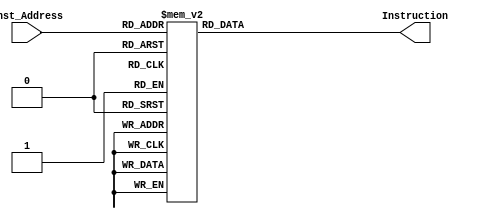
module InstructionMemory
#(parameter Inst_Num = 150, parameter Inst_Num_BIT = 8)
(Inst_Address, Instruction);
	input [Inst_Num_BIT - 1:0] Inst_Address;
	output reg [31:0] Instruction;

	always @ (*)begin
		case(Inst_Address)
			'd0:	Instruction <= 32'b00111100000000010110000101100101;
			'd1:	Instruction <= 32'b00110100001000010110000101100101;
			'd2:	Instruction <= 32'b00000000000000010100000000100000;
			'd3:	Instruction <= 32'b10101100000010000000000000000000;
			'd4:	Instruction <= 32'b10101100000010000000000000000100;
			'd5:	Instruction <= 32'b00100000000010000110000101100101;
			'd6:	Instruction <= 32'b10101100000010000000000000001000;
			'd7:	Instruction <= 32'b00100000000010000110010101100001;
			'd8:	Instruction <= 32'b10101100000010000000001000000000;
			'd9:	Instruction <= 32'b00100000000001000000000000001010;
			'd10:	Instruction <= 32'b00100000000001010000000000000000;
			'd11:	Instruction <= 32'b00100000000001100000000000000010;
			'd12:	Instruction <= 32'b00001100000000000000000001110111;
			'd13:	Instruction <= 32'b00100000000001110000001000000000;
			'd14:	Instruction <= 32'b00100000000010000000000000000001;
			'd15:	Instruction <= 32'b00111100000000010100000000000000;
			'd16:	Instruction <= 32'b00000000001000000000100000100001;
			'd17:	Instruction <= 32'b10101100001010000000000000001100;
			'd18:	Instruction <= 32'b00111100000000010000000011111111;
			'd19:	Instruction <= 32'b00110100001000011111111111111111;
			'd20:	Instruction <= 32'b00000000000000010100000000100001;
			'd21:	Instruction <= 32'b00010001000000000000000000000010;
			'd22:	Instruction <= 32'b00001000000000000000000000010101;
			'd23:	Instruction <= 32'b00100001000010001111111111111111;
			'd24:	Instruction <= 32'b00100000000010000000000000000011;
			'd25:	Instruction <= 32'b00111100000000010100000000000000;
			'd26:	Instruction <= 32'b00000000001000000000100000100001;
			'd27:	Instruction <= 32'b10101100001010000000000000001100;
			'd28:	Instruction <= 32'b00000000000000100010000000100001;
			'd29:	Instruction <= 32'b00111100000000010100000000000000;
			'd30:	Instruction <= 32'b00110100001000010000000000010000;
			'd31:	Instruction <= 32'b00000000000000011000000000100000;
			'd32:	Instruction <= 32'b00000000000000101000100000100001;
			'd33:	Instruction <= 32'b00100000000100100000000000010000;
			'd34:	Instruction <= 32'b00000000000100101001000001000010;
			'd35:	Instruction <= 32'b00010110010000000000000000000001;
			'd36:	Instruction <= 32'b00100000000100100000000000001000;
			'd37:	Instruction <= 32'b00100100000010000010011100010000;
			'd38:	Instruction <= 32'b00010001000000000000000000000010;
			'd39:	Instruction <= 32'b00001000000000000000000000100110;
			'd40:	Instruction <= 32'b00100001000010001111111111111111;
			'd41:	Instruction <= 32'b00000000000100100001001000000000;
			'd42:	Instruction <= 32'b00100000000000010000000000000001;
			'd43:	Instruction <= 32'b00010000001100100000000000001010;
			'd44:	Instruction <= 32'b00100000000000010000000000000010;
			'd45:	Instruction <= 32'b00010000001100100000000000000110;
			'd46:	Instruction <= 32'b00100000000000010000000000000100;
			'd47:	Instruction <= 32'b00010000001100100000000000000010;
			'd48:	Instruction <= 32'b00001000000000000000000000110111;
			'd49:	Instruction <= 32'b00000000000001000100010000000000;
			'd50:	Instruction <= 32'b00001000000000000000000000110111;
			'd51:	Instruction <= 32'b00000000000001000100010100000000;
			'd52:	Instruction <= 32'b00001000000000000000000000110111;
			'd53:	Instruction <= 32'b00000000000001000100011000000000;
			'd54:	Instruction <= 32'b00000000000001000100011100000000;
			'd55:	Instruction <= 32'b00000000000010000100011100000010;
			'd56:	Instruction <= 32'b00100000000000010000000000000000;
			'd57:	Instruction <= 32'b00010000001010000000000000111010;
			'd58:	Instruction <= 32'b00100000000000010000000000000001;
			'd59:	Instruction <= 32'b00010000001010000000000000110110;
			'd60:	Instruction <= 32'b00100000000000010000000000000010;
			'd61:	Instruction <= 32'b00010000001010000000000000110010;
			'd62:	Instruction <= 32'b00100000000000010000000000000011;
			'd63:	Instruction <= 32'b00010000001010000000000000101110;
			'd64:	Instruction <= 32'b00100000000000010000000000000100;
			'd65:	Instruction <= 32'b00010000001010000000000000101010;
			'd66:	Instruction <= 32'b00100000000000010000000000000101;
			'd67:	Instruction <= 32'b00010000001010000000000000100110;
			'd68:	Instruction <= 32'b00100000000000010000000000000110;
			'd69:	Instruction <= 32'b00010000001010000000000000100010;
			'd70:	Instruction <= 32'b00100000000000010000000000000111;
			'd71:	Instruction <= 32'b00010000001010000000000000011110;
			'd72:	Instruction <= 32'b00100000000000010000000000001000;
			'd73:	Instruction <= 32'b00010000001010000000000000011010;
			'd74:	Instruction <= 32'b00100000000000010000000000001001;
			'd75:	Instruction <= 32'b00010000001010000000000000010110;
			'd76:	Instruction <= 32'b00100000000000010000000000001010;
			'd77:	Instruction <= 32'b00010000001010000000000000010010;
			'd78:	Instruction <= 32'b00100000000000010000000000001011;
			'd79:	Instruction <= 32'b00010000001010000000000000001110;
			'd80:	Instruction <= 32'b00100000000000010000000000001100;
			'd81:	Instruction <= 32'b00010000001010000000000000001010;
			'd82:	Instruction <= 32'b00100000000000010000000000001101;
			'd83:	Instruction <= 32'b00010000001010000000000000000110;
			'd84:	Instruction <= 32'b00100000000000010000000000001110;
			'd85:	Instruction <= 32'b00010000001010000000000000000010;
			'd86:	Instruction <= 32'b00001000000000000000000001110101;
			'd87:	Instruction <= 32'b00100000010000100000000001110001;
			'd88:	Instruction <= 32'b00001000000000000000000001110101;
			'd89:	Instruction <= 32'b00100000010000100000000001111001;
			'd90:	Instruction <= 32'b00001000000000000000000001110101;
			'd91:	Instruction <= 32'b00100000010000100000000001011110;
			'd92:	Instruction <= 32'b00001000000000000000000001110101;
			'd93:	Instruction <= 32'b00100000010000100000000000111001;
			'd94:	Instruction <= 32'b00001000000000000000000001110101;
			'd95:	Instruction <= 32'b00100000010000100000000001111100;
			'd96:	Instruction <= 32'b00001000000000000000000001110101;
			'd97:	Instruction <= 32'b00100000010000100000000001110111;
			'd98:	Instruction <= 32'b00001000000000000000000001110101;
			'd99:	Instruction <= 32'b00100000010000100000000001101111;
			'd100:	Instruction <= 32'b00001000000000000000000001110101;
			'd101:	Instruction <= 32'b00100000010000100000000001111111;
			'd102:	Instruction <= 32'b00001000000000000000000001110101;
			'd103:	Instruction <= 32'b00100000010000100000000000000111;
			'd104:	Instruction <= 32'b00001000000000000000000001110101;
			'd105:	Instruction <= 32'b00100000010000100000000001111101;
			'd106:	Instruction <= 32'b00001000000000000000000001110101;
			'd107:	Instruction <= 32'b00100000010000100000000001101101;
			'd108:	Instruction <= 32'b00001000000000000000000001110101;
			'd109:	Instruction <= 32'b00100000010000100000000001100110;
			'd110:	Instruction <= 32'b00001000000000000000000001110101;
			'd111:	Instruction <= 32'b00100000010000100000000001001111;
			'd112:	Instruction <= 32'b00001000000000000000000001110101;
			'd113:	Instruction <= 32'b00100000010000100000000001011011;
			'd114:	Instruction <= 32'b00001000000000000000000001110101;
			'd115:	Instruction <= 32'b00100000010000100000000000000110;
			'd116:	Instruction <= 32'b00100000010000100000000000111111;
			'd117:	Instruction <= 32'b00001000000000000000000000100010;
			'd118:	Instruction <= 32'b10101110000000100000000000000000;
			'd119:	Instruction <= 32'b00100011101111011111111111110100;
			'd120:	Instruction <= 32'b10101111101111110000000000001000;
			'd121:	Instruction <= 32'b10101111101100000000000000000100;
			'd122:	Instruction <= 32'b10101111101100010000000000000000;
			'd123:	Instruction <= 32'b00000000100001101000000000100010;
			'd124:	Instruction <= 32'b00000000000001101000100000100001;
			'd125:	Instruction <= 32'b00100100000010100000000000000000;
			'd126:	Instruction <= 32'b00100100000010000000000000000000;
			'd127:	Instruction <= 32'b00000010000010000000100000101010;
			'd128:	Instruction <= 32'b00010100001000000000000000001111;
			'd129:	Instruction <= 32'b00100100000010010000000000000000;
			'd130:	Instruction <= 32'b00000001001100010000100000101010;
			'd131:	Instruction <= 32'b00010000001000000000000000001000;
			'd132:	Instruction <= 32'b00000001000010010101100000100000;
			'd133:	Instruction <= 32'b00000000101010110101100000100000;
			'd134:	Instruction <= 32'b10010001011010110000000000000000;
			'd135:	Instruction <= 32'b00000000111010010110000000100000;
			'd136:	Instruction <= 32'b10010001100011000000000000000000;
			'd137:	Instruction <= 32'b00010101011011000000000000000010;
			'd138:	Instruction <= 32'b00001000000000000000000010000010;
			'd139:	Instruction <= 32'b00100001001010010000000000000001;
			'd140:	Instruction <= 32'b00010101001100010000000000000001;
			'd141:	Instruction <= 32'b00100001010010100000000000000001;
			'd142:	Instruction <= 32'b00001000000000000000000001111111;
			'd143:	Instruction <= 32'b00100001000010000000000000000001;
			'd144:	Instruction <= 32'b00000000000010100001000000100001;
			'd145:	Instruction <= 32'b10001111101111110000000000001000;
			'd146:	Instruction <= 32'b10001111101100000000000000000100;
			'd147:	Instruction <= 32'b10001111101100010000000000000000;
			'd148:	Instruction <= 32'b00000011111000000000000000001000;
			'd149:	Instruction <= 32'b00100011101111010000000000001100;
			default: Instruction <= 32'h00000000;
		endcase
	end
endmodule